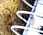
آيفري